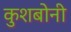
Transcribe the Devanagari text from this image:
कुशबोनी